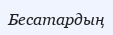
Бесатардың